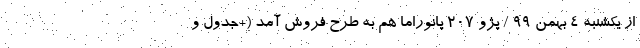
از یکشنبه 4 بهمن 99 / پژو 207 پانوراما هم به طرح فروش آمد (+جدول و